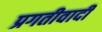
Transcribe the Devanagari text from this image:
प्रगतीवादी